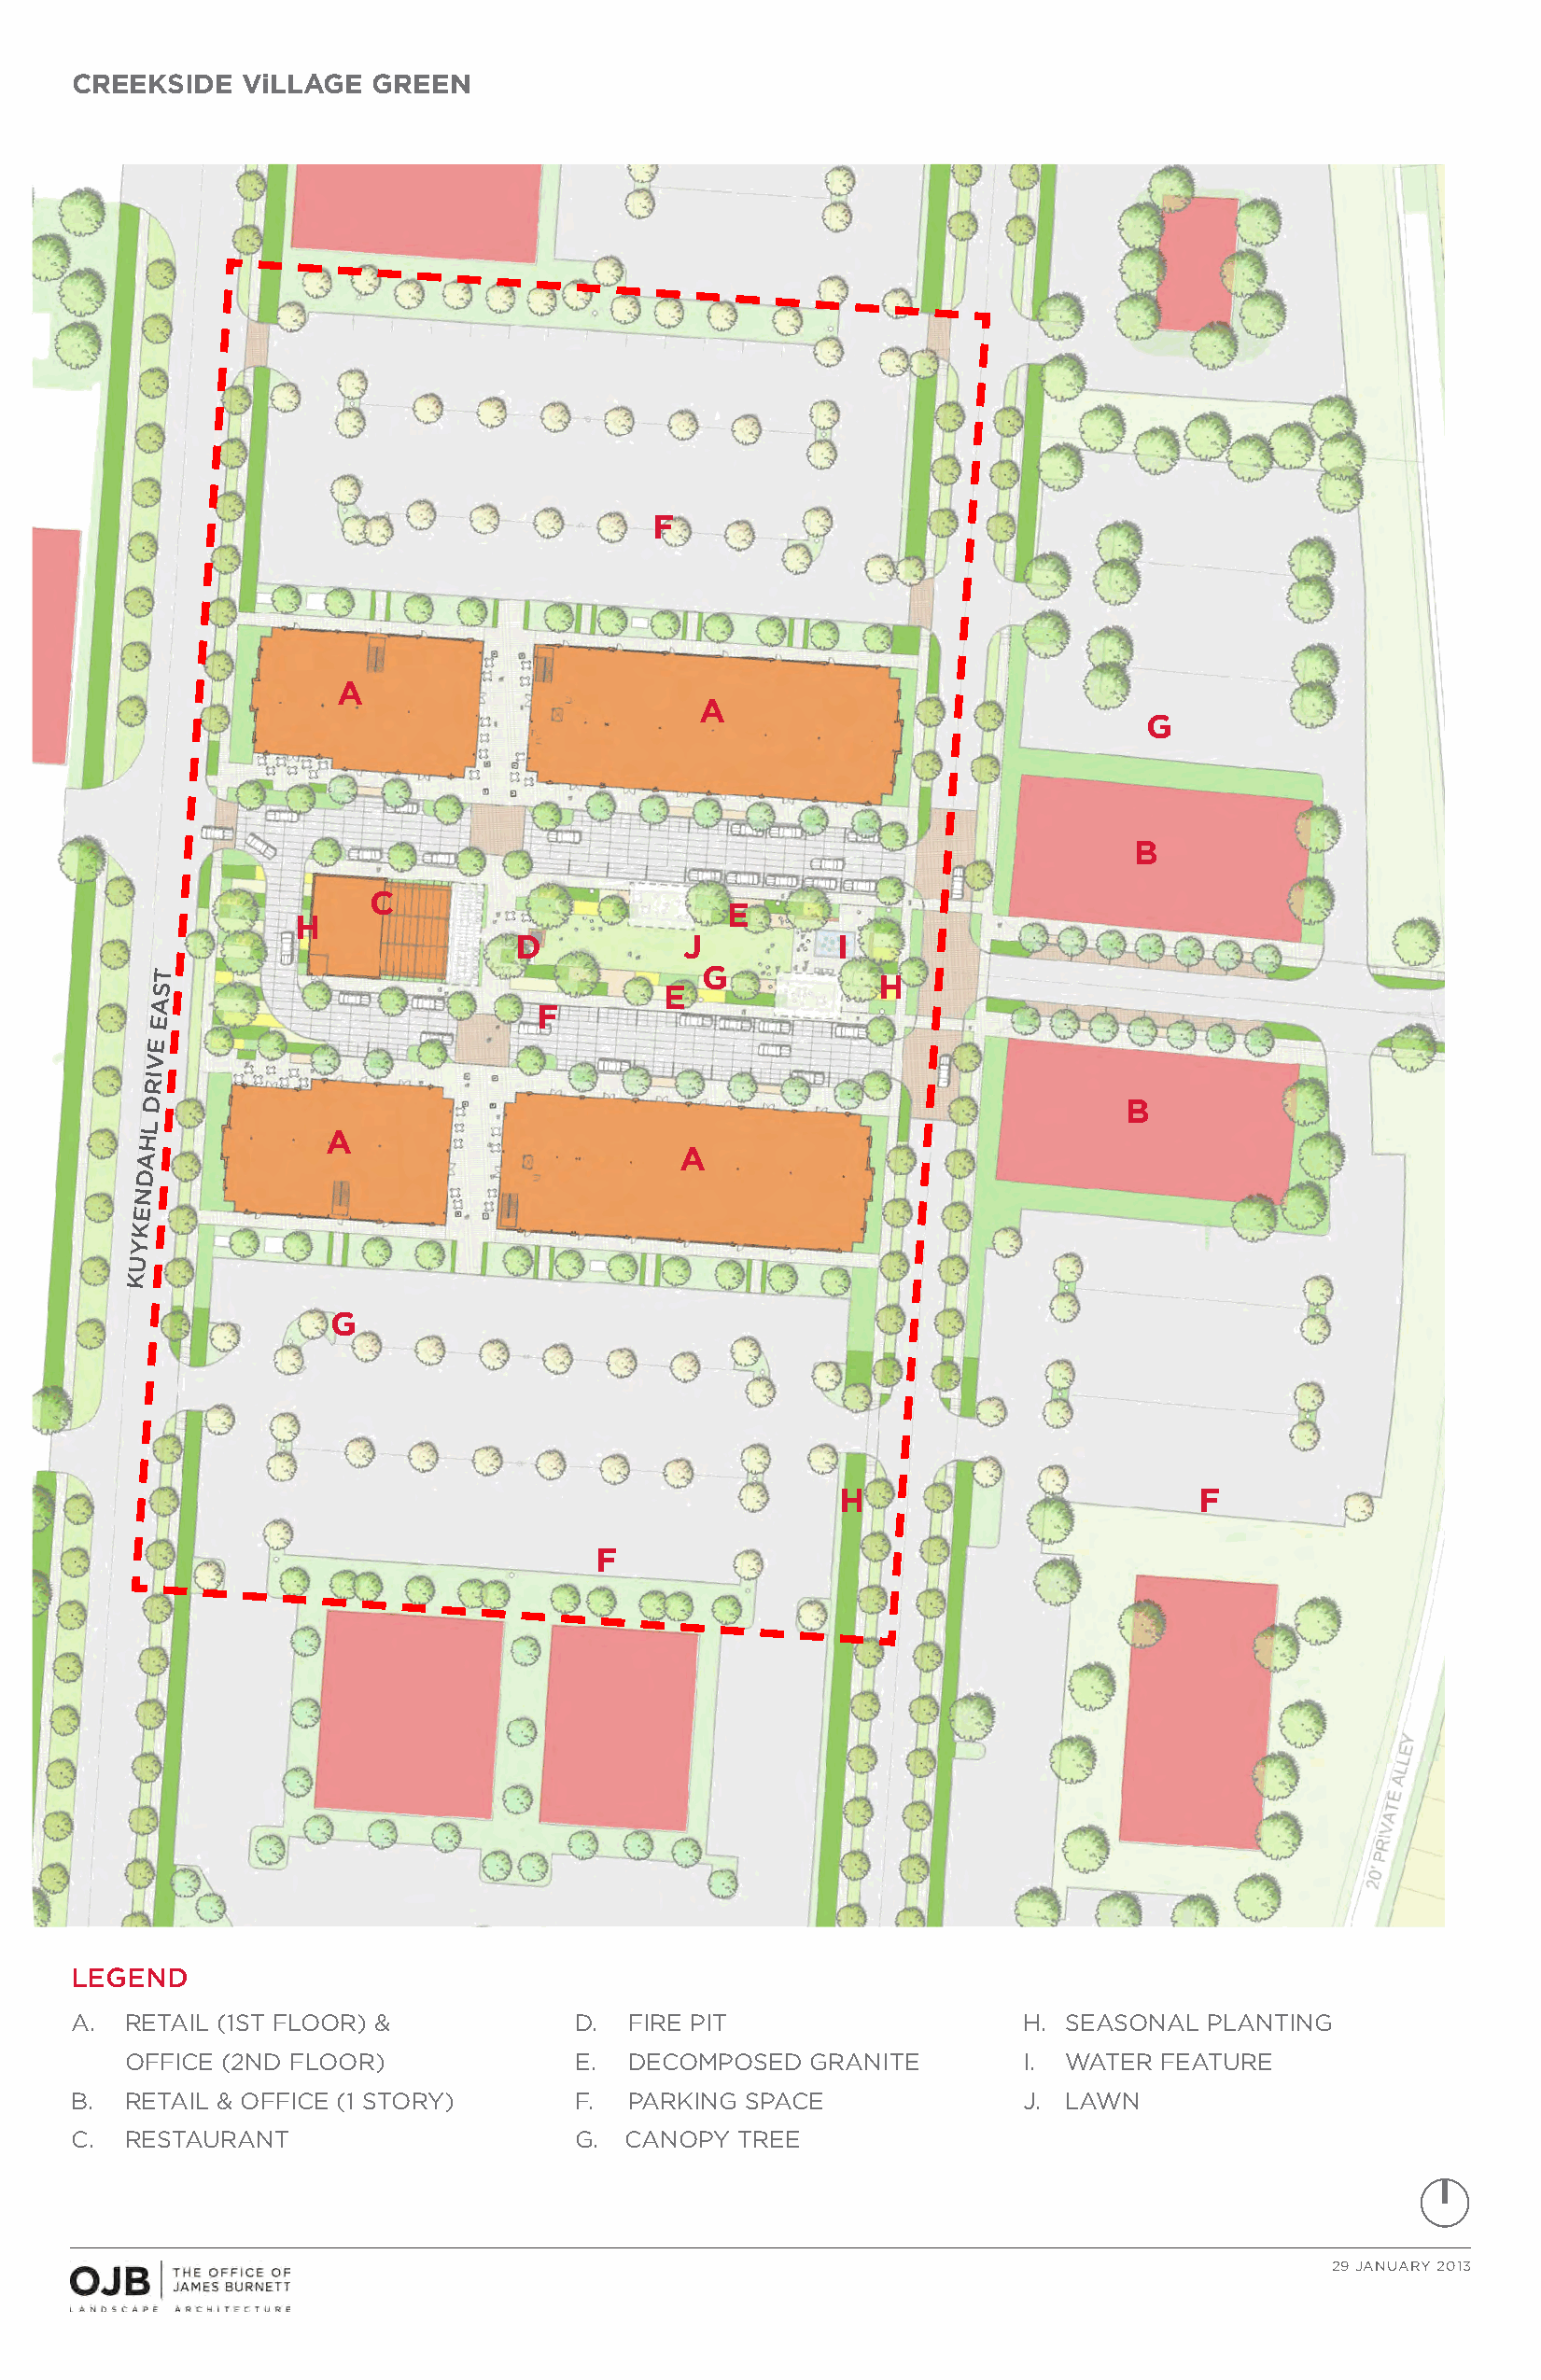
CREEKSIDE   ViLLAGE  GREEN
 F
 A
 A
 G
 B
 C
 E
 H
 D          J          I
 T                                      G
 H
 S                                   E
 A
 F
 E
 E
 V
 I
 R
 D                                                                     B
 L
 H            A
 A                                     A
 D
 N
 E
 K
 Y
 U
 K
 G
 H                         F
 F
 LEGEND
 A.  RETAIL (1ST FLOOR) &            D.  FIRE PIT                   H.  SEASONAL  PLANTING
 OFFICE (2ND FLOOR)              E.  DECOMPOSED  GRANITE        I.  WATER FEATURE
 B.  RETAIL & OFFICE (1 STORY)       F.  PARKING SPACE              J.  LAWN
 C.  RESTAURANT                      G. CANOPY  TREE
 29 JANUARY 2013